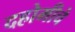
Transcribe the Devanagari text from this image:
दहोमीचे